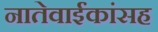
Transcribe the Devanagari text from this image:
नातेवाईंकांंसह